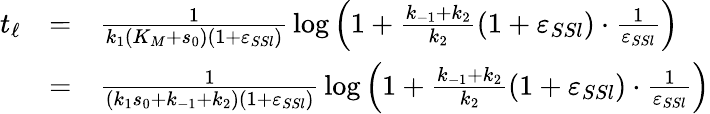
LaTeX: \begin{array}{rcl}{t_{\ell}}&{=}&{\frac{1}{k_{1}(K_{M}+s_{0})(1+\varepsilon_{SSl})}\, \log\left(1+\frac{k_{-1}+k_{2}}{k_{2}}(1+\varepsilon_{SSl})\cdot\frac{1}{\varepsilon_{SSl}}\right)}\\ &{=}&{\frac{1}{(k_{1}s_{0}+k_{-1}+k_{2})(1+\varepsilon_{SSl})}\, \log\left(1+\frac{k_{-1}+k_{2}}{k_{2}}(1+\varepsilon_{SSl})\cdot\frac{1}{\varepsilon_{SSl}}\right)}\end{array}